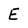
Character: E